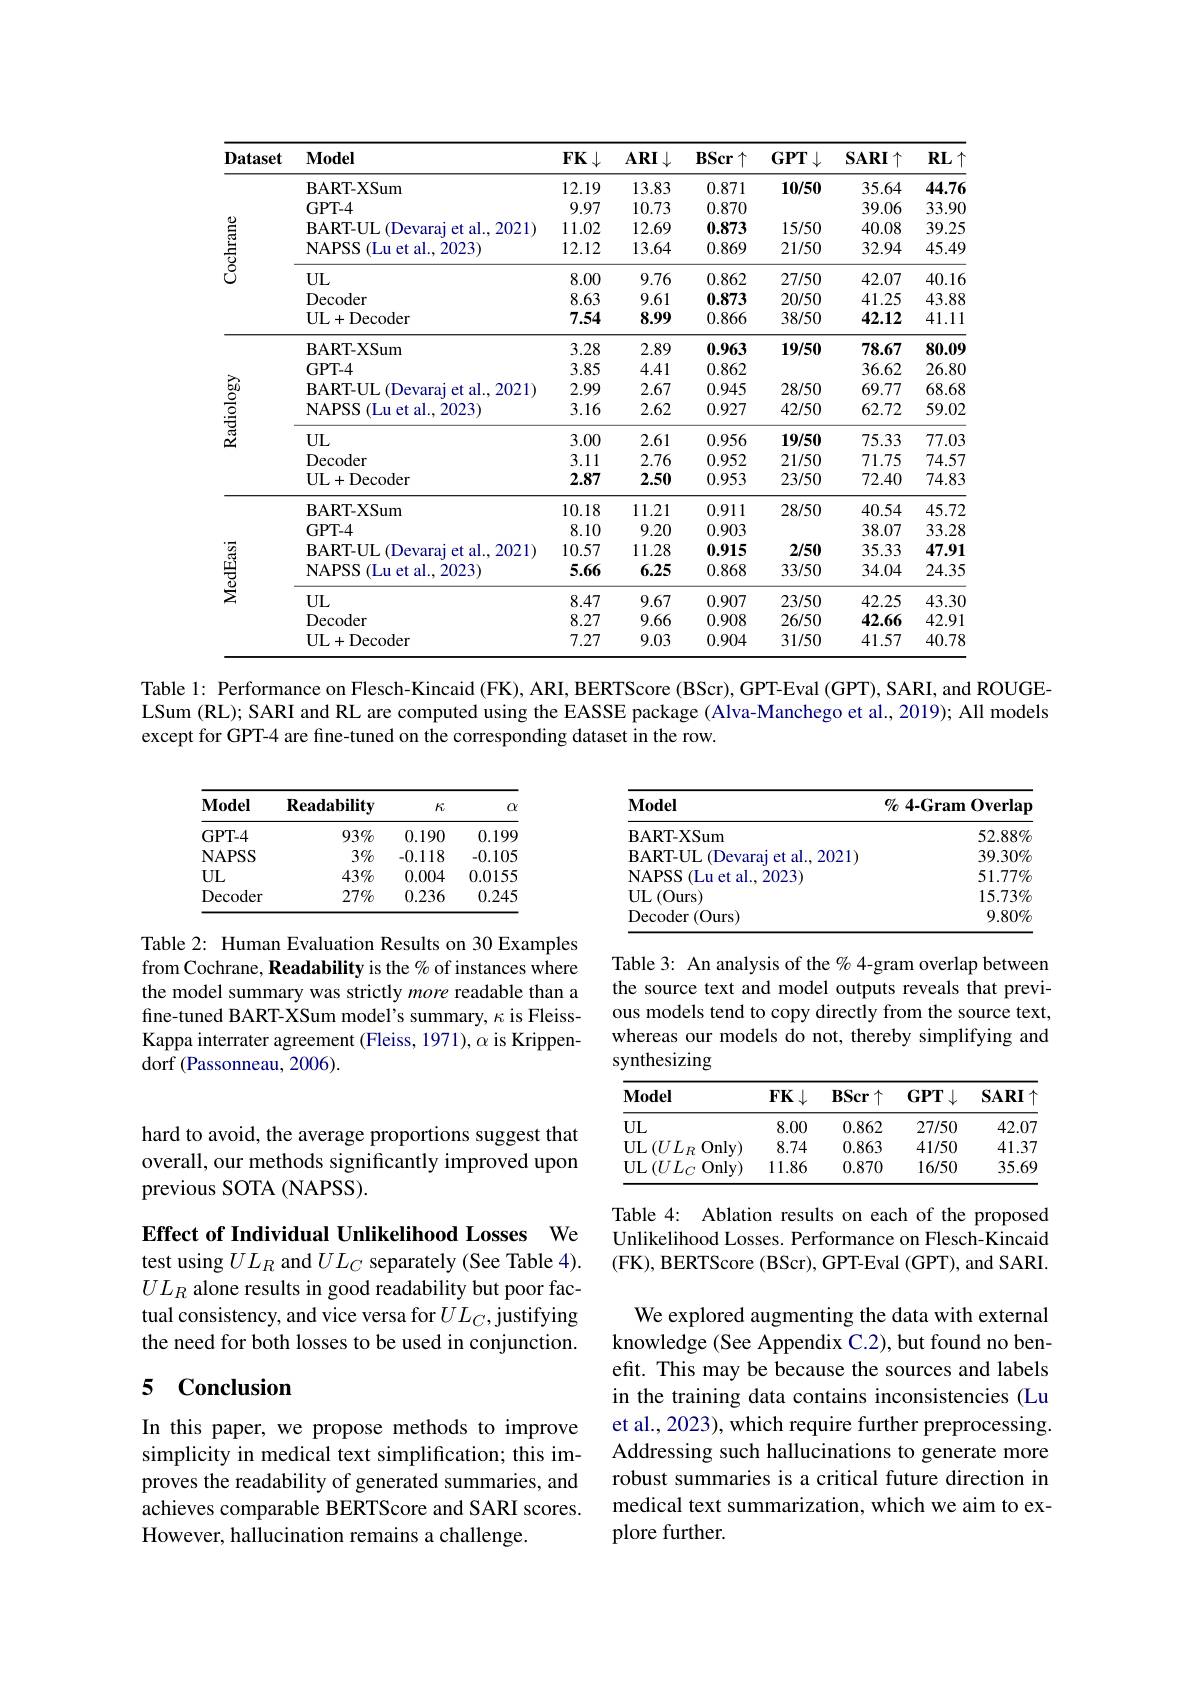
<table>
	<tbody>
		<tr>
			<th>$\mathbf{Dataset}$</th>
			<th>$\mathbf{Model}$</th>
			<th>$FK\downarrow$</th>
			<th>$ARI\downarrow$</th>
			<th>$BScr\uparrow$</th>
			<th>$GPT\downarrow$</th>
			<th>$SARI\uparrow$</th>
			<th>$RL\uparrow$</th>
		</tr>
		<tr>
			<td rowspan="7">Cochrane</td>
			<td>BART- XSum</td>
			<td>12.19</td>
			<td>13.83</td>
			<td>0.871</td>
			<td>10/50</td>
			<td>35.64</td>
			<td>44.76</td>
		</tr>
		<tr>
			<td>GPT- 4</td>
			<td>9.97</td>
			<td>10.73</td>
			<td>0.870</td>
			<td> </td>
			<td>39.06</td>
			<td>33.90</td>
		</tr>
		<tr>
			<td>$\mathbf{BART-UL}$ (Devarai et al.2021)</td>
			<td>11.02</td>
			<td>12.69</td>
			<td>0.873</td>
			<td>15/50</td>
			<td>40.08</td>
			<td>39.25</td>
		</tr>
		<tr>
			<td>NAPSS ( Lu et al. , 2023) </td>
			<td>12.12</td>
			<td>13.64</td>
			<td>0.869</td>
			<td>21/50</td>
			<td>32.94</td>
			<td>45.49</td>
		</tr>
		<tr>
			<td>$UL$</td>
			<td>8.00</td>
			<td>9.76</td>
			<td>0.862</td>
			<td>27/50</td>
			<td>42.07</td>
			<td>40.16</td>
		</tr>
		<tr>
			<td>Decoder</td>
			<td>8.63</td>
			<td>9.61</td>
			<td>0.873</td>
			<td>20/50</td>
			<td>41.25</td>
			<td>43.88</td>
		</tr>
		<tr>
			<td>UL+ Decoder</td>
			<td>7.54</td>
			<td>8.99</td>
			<td>0.866</td>
			<td>38/50</td>
			<td>42.12</td>
			<td>41.11</td>
		</tr>
		<tr>
			<td rowspan="7">Radiology</td>
			<td>BART- XSum</td>
			<td>3.28</td>
			<td>2.89</td>
			<td>0.963</td>
			<td>19/50</td>
			<td>78.67</td>
			<td>80.09</td>
		</tr>
		<tr>
			<td>GPT- 4</td>
			<td>3.85</td>
			<td>4.41</td>
			<td>0.862</td>
			<td> </td>
			<td>36.62</td>
			<td>26.80</td>
		</tr>
		<tr>
			<td>BART- UL ( Devaraj et al. , 2021) </td>
			<td>2.99</td>
			<td>2.67</td>
			<td>0.945</td>
			<td>28/50</td>
			<td>69.77</td>
			<td>68.68</td>
		</tr>
		<tr>
			<td>NAPSS ( Lu et al. , 2023) </td>
			<td>3.16</td>
			<td>2.62</td>
			<td>0.927</td>
			<td>42/50</td>
			<td>62.72</td>
			<td>59.02</td>
		</tr>
		<tr>
			<td>$UL$</td>
			<td>3.00</td>
			<td>2.61</td>
			<td>0.956</td>
			<td>19/50</td>
			<td>75.33</td>
			<td>77.03</td>
		</tr>
		<tr>
			<td>Decoder</td>
			<td>3.11</td>
			<td>2.76</td>
			<td>0.952</td>
			<td>21/50</td>
			<td>71.75</td>
			<td>74.57</td>
		</tr>
		<tr>
			<td>UL+ Decoder</td>
			<td>2.87</td>
			<td>2.50</td>
			<td>0.953</td>
			<td>23/50</td>
			<td>72.40</td>
			<td>74.83</td>
		</tr>
		<tr>
			<td rowspan="7">MedEasi</td>
			<td>BART- XSum</td>
			<td>10.18</td>
			<td>11.21</td>
			<td>0.911</td>
			<td>28/50</td>
			<td>40.54</td>
			<td>45.72</td>
		</tr>
		<tr>
			<td>GPT- 4</td>
			<td>8.10</td>
			<td>9.20</td>
			<td>0.903</td>
			<td> </td>
			<td>38.07</td>
			<td>33.28</td>
		</tr>
		<tr>
			<td>BART- UL ( Devaraj et al. , 2021) </td>
			<td>10.57</td>
			<td>11.28</td>
			<td>0.915</td>
			<td>2/50</td>
			<td>35.33</td>
			<td>47.91</td>
		</tr>
		<tr>
			<td>NAPSS ( Lu et al. , 2023) </td>
			<td>5.66</td>
			<td>6.25</td>
			<td>0.868</td>
			<td>33/50</td>
			<td>34.04</td>
			<td>24.35</td>
		</tr>
		<tr>
			<td>$UL$</td>
			<td>8.47</td>
			<td>9.67</td>
			<td>0.907</td>
			<td>23/50</td>
			<td>42.25</td>
			<td>43.30</td>
		</tr>
		<tr>
			<td>Decoder</td>
			<td>8.27</td>
			<td>9.66</td>
			<td>0.908</td>
			<td>26/50</td>
			<td>42.66</td>
			<td>42.91</td>
		</tr>
		<tr>
			<td>UL+ Decoder</td>
			<td>7.27</td>
			<td>9.03</td>
			<td>0.904</td>
			<td>31/50</td>
			<td>41.57</td>
			<td>40.78</td>
		</tr>
	</tbody>
</table>

Table l: Performance on Flesch-Kincaid (FK), ARI, BERTScore (BScr), GPT-Eval (GPT), SARI, and ROUGELSum (RL); SARI and RL are computed using the EASSE package ( Alva-Manchego et al., 2019); All models except for GPT-4 are fine-tuned on the corresponding dataset in the row.

<table>
	<tbody>
		<tr>
			<th>Model</th>
			<th>Readability</th>
			<th>$K$</th>
			<th>$\alpha$</th>
		</tr>
		<tr>
			<td>GPT-4</td>
			<td>$93\%$</td>
			<td>0.190</td>
			<td>0.199</td>
		</tr>
		<tr>
			<td>NAPSS</td>
			<td>$3\%$</td>
			<td>-0.118</td>
			<td>-0.105</td>
		</tr>
		<tr>
			<td>$UL$</td>
			<td>$43\%$</td>
			<td>0.004</td>
			<td>0.0155</td>
		</tr>
		<tr>
			<td>Decoder</td>
			<td>$27\%$</td>
			<td>0.236</td>
			<td>0.245</td>
		</tr>
	</tbody>
</table>

<table>
	<tbody>
		<tr>
			<th>$\mathbf{Model}$</th>
			<th>$\%4$-Gram Overlap</th>
		</tr>
		<tr>
			<td>$\mathbf{BART-XSum}$</td>
			<td>$52.88\%$</td>
		</tr>
		<tr>
			<td>$\mathbf{BART-UI}.$ $L($Devaraj et al..2021</td>
			<td>$39.30\%$</td>
		</tr>
		<tr>
			<td>(Lu et al..2023) $\mathbf{NAPSS}$</td>
			<td>$51.77\%$</td>
		</tr>
		<tr>
			<td>UL$\left ( \mathrm{Ours}\right )$</td>
			<td>$15.73\%$</td>
		</tr>
		<tr>
			<td>$\operatorname{Decoder}\left(\mathrm{Ours}\right)$</td>
			<td>$9.80\%$</td>
		</tr>
	</tbody>
</table>

Table 2: Human Evaluation Results on 30 Examples from Cochrane, Readability is the % of instances where the model summary was strictly more readable than a fine-tuned BART-XSum model's summary, $\kappa$ is FleissKappa interrater agreement (Fleiss, 1971), $\alpha$ is Krippendorf ( Passonneau, 2006) .

Table 3: An analysis of the % 4-gram overlap between the source text and model outputs reveals that previous models tend to copy directly from the source text, whereas our models do not, thereby simplifying and synthesizing

<table>
	<tbody>
		<tr>
			<th>$\mathbf{Model}$</th>
			<th>$FK\downarrow$</th>
			<th>$BScr\uparrow$</th>
			<th>$GPT\downarrow$</th>
			<th>$SARI$ $\mathbf{I}\uparrow$</th>
		</tr>
		<tr>
			<td>$UL$</td>
			<td>8.00</td>
			<td>0.862</td>
			<td>27/50</td>
			<td>42.07</td>
		</tr>
		<tr>
			<td>UL$\left ( UL_{R}\right .$ $Only)$</td>
			<td>8.74</td>
			<td>0.863</td>
			<td>41/50</td>
			<td>41.37</td>
		</tr>
		<tr>
			<td>$UL$ $.(UL_{C}$ $Only)$</td>
			<td>11.86</td>
			<td>0.870</td>
			<td>16/50</td>
			<td>35.69</td>
		</tr>
	</tbody>
</table>

hard to avoid, the average proportions suggest that overall, our methods significantly improved upon previous SOTA (NAPSS).

Effect of Individual Unlikelihood Losses We

Table 4: Ablation results on each of the proposed Unlikelihood Losses. Performance on Flesch-Kincaid (FK), BERTScore (BScr), GPT-Eval (GPT), and SARI.

test using $UL_R$ and $UL_C$ separately (See Table 4). $UL_R$ alone results in good readability but poor factual consistency, and vice versa for $UL_C$, justifying the need for both losses to be used in conjunction.

### 5 Conclusion

We explored augmenting the data with external knowledge (See Appendix C.2), but found no benefit. This may be because the sources and labels in the training data contains inconsistencies (Lu et al., 2023), which require further preprocessing. Addressing such hallucinations to generate more robust summaries is a critical future direction in medical text summarization, which we aim to explore further.

In this paper, we propose methods to improve simplicity in medical text simplification; this improves the readability of generated summaries, and achieves comparable BERTScore and SARI scores. However, hallucination remains a challenge.